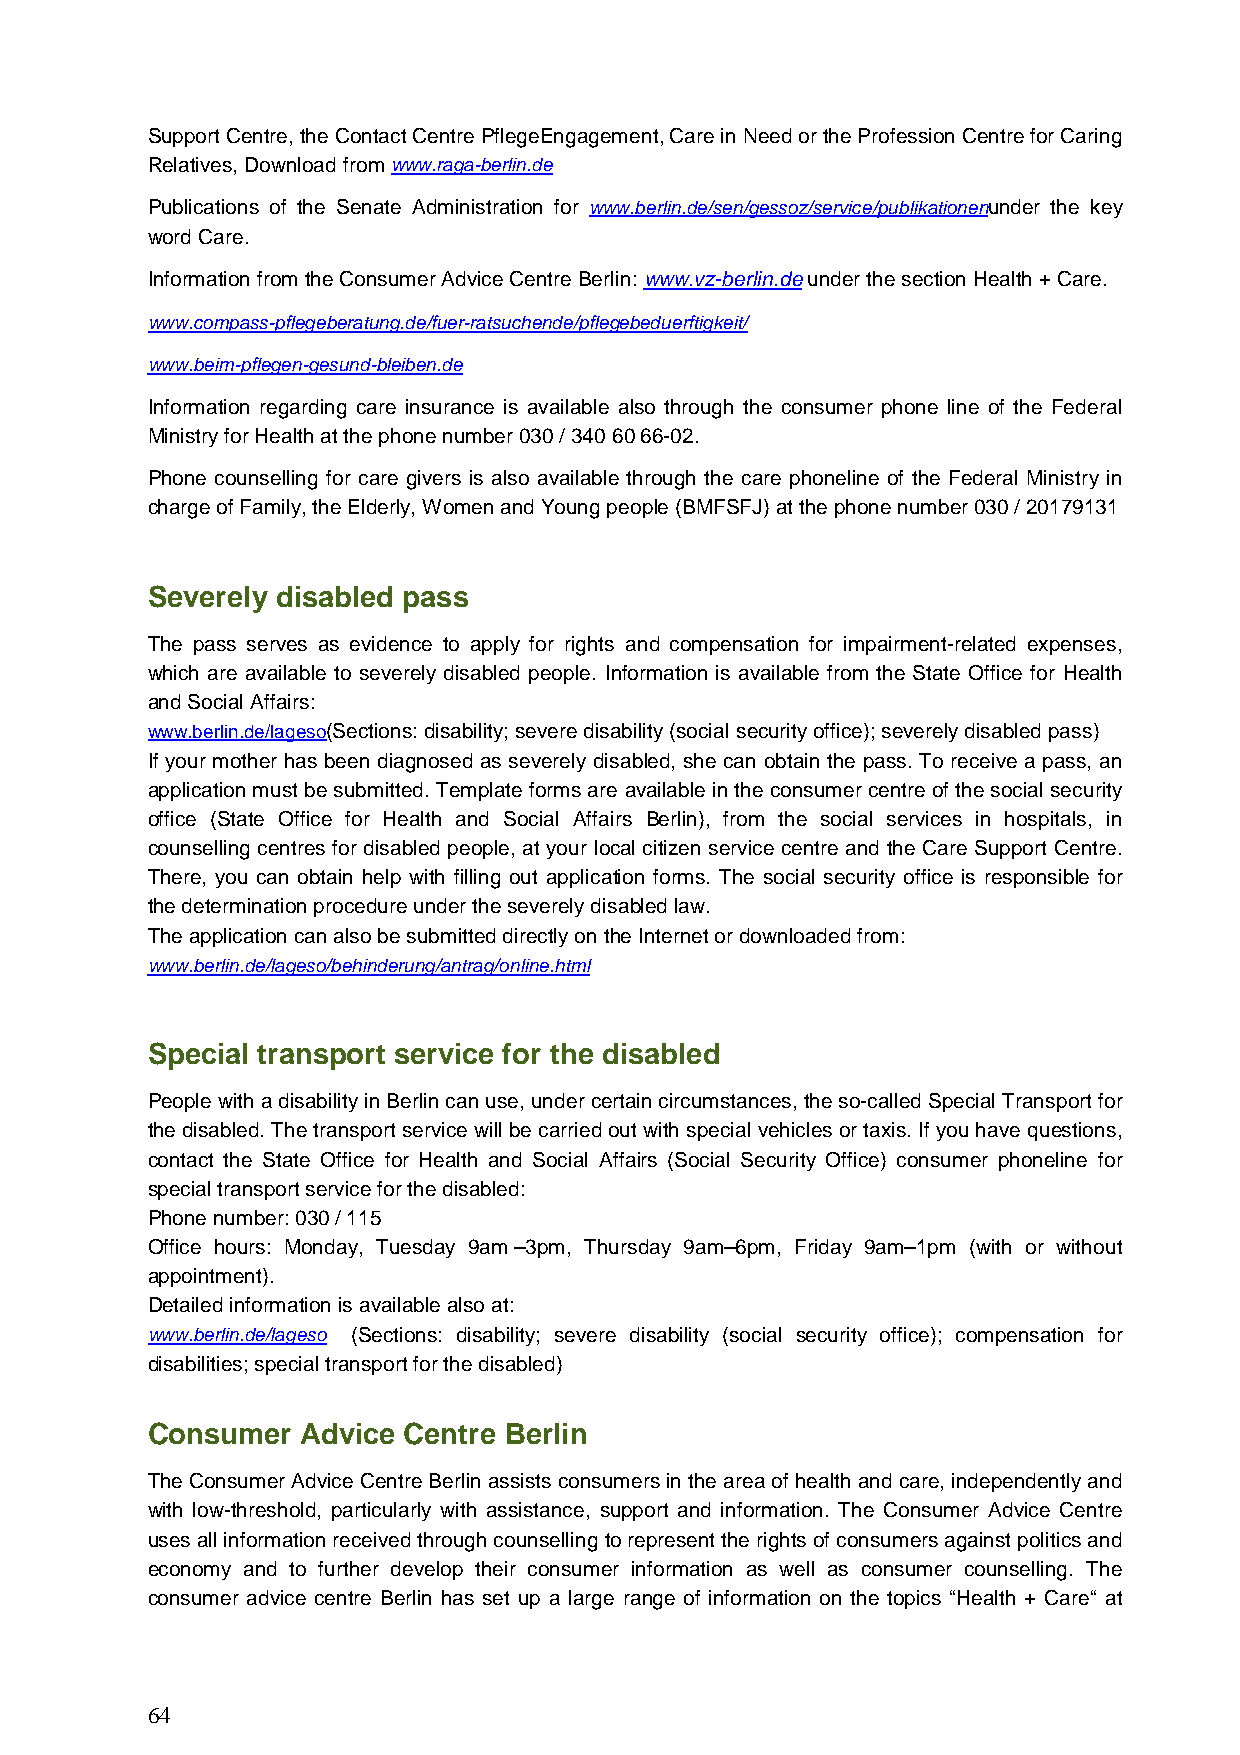
Support Centre, the Contact Centre PflegeEngagement, Care in Need or the Profession Centre for Caring
 Relatives, Download from www.raga-berlin.de
 Publications of the Senate Administration for www.berlin.de/sen/gessoz/service/publikationenunder the key
 word Care.
 Information from the Consumer Advice Centre Berlin: www.vz-berlin.de under the section Health + Care.
 www.compass-pflegeberatung.de/fuer-ratsuchende/pflegebeduerftigkeit/
 www.beim-pflegen-gesund-bleiben.de
 Information regarding care insurance is available also through the consumer phone line of the Federal
 Ministry for Health at the phone number 030 / 340 60 66-02.
 Phone counselling for care givers is also available through the care phoneline of the Federal Ministry in
 charge of Family, the Elderly, Women and Young people (BMFSFJ) at the phone number 030 / 20179131
 Severely disabled pass
 The pass serves as evidence to apply for rights and compensation for impairment-related expenses,
 which are available to severely disabled people. Information is available from the State Office for Health
 and Social Affairs:
 www.berlin.de/lageso(Sections: disability; severe disability (social security office); severely disabled pass)
 If your mother has been diagnosed as severely disabled, she can obtain the pass. To receive a pass, an
 application must be submitted. Template forms are available in the consumer centre of the social security
 office (State Office for Health and Social Affairs Berlin), from the social services in hospitals, in
 counselling centres for disabled people, at your local citizen service centre and the Care Support Centre.
 There, you can obtain help with filling out application forms. The social security office is responsible for
 the determination procedure under the severely disabled law.
 The application can also be submitted directly on the Internet or downloaded from:
 www.berlin.de/lageso/behinderung/antrag/online.html
 Special transport service for the disabled
 People with a disability in Berlin can use, under certain circumstances, the so-called Special Transport for
 the disabled. The transport service will be carried out with special vehicles or taxis. If you have questions,
 contact the State Office for Health and Social Affairs (Social Security Office) consumer phoneline for
 special transport service for the disabled:
 Phone number: 030 / 115
 Office hours: Monday, Tuesday 9am –3pm, Thursday 9am–6pm, Friday 9am–1pm (with or without
 appointment).
 Detailed information is available also at:
 www.berlin.de/lageso (Sections: disability; severe disability (social security office); compensation for
 disabilities; special transport for the disabled)
 Consumer  Advice Centre Berlin
 The Consumer Advice Centre Berlin assists consumers in the area of health and care, independently and
 with low-threshold, particularly with assistance, support and information. The Consumer Advice Centre
 uses all information received through counselling to represent the rights of consumers against politics and
 economy and to further develop their consumer information as well as consumer counselling. The
 consumer advice centre Berlin has set up a large range of information on the topics “Health + Care“ at
 64